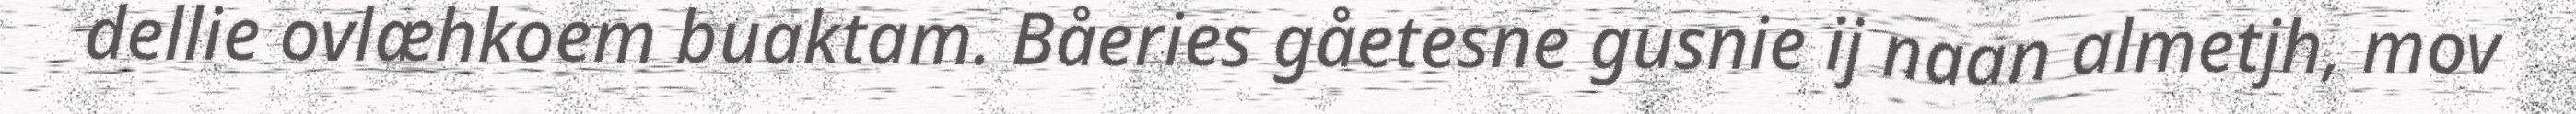
dellie ovlæhkoem buaktam. Båeries gåetesne gusnie ij naan almetjh, mov